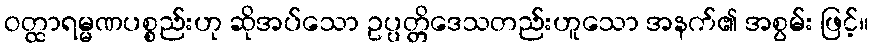
ဝတ္ထာရမ္မဏပစ္စည်းဟု ဆိုအပ်သော ဥပ္ပတ္တိဒေသတည်းဟူသော အနက်၏ အစွမ်း ဖြင့်။